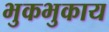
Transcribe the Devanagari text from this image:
भुकभुकाय